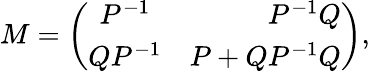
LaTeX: M=\left(\begin{array}{crc}{{P^{-1}}}&{{P^{-1}Q}}\\ {{QP^{-1}}}&{{P+QP^{-1}Q}}\end{array}\right),